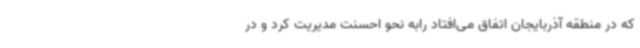
که در منطقه آذربایجان اتفاق می‌افتاد رابه نحو احسنت مدیریت کرد و در